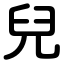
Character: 兒